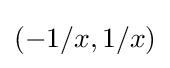
\left(-1/x,1/x\right)